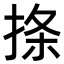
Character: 𪮅